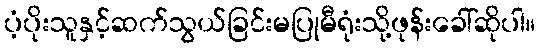
ပံ့ပိုးသူနှင့်ဆက်သွယ်ခြင်းမပြုမီရုံးသို့ဖုန်းခေါ်ဆိုပါ။